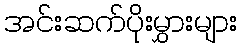
အင်းဆက်ပိုးမွှားများ